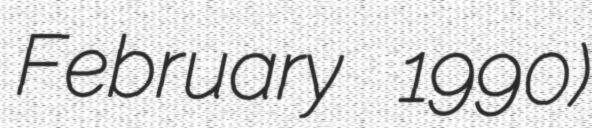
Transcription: February 1990)